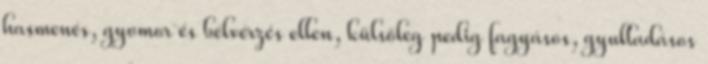
hasmenés, gyomor és bélvérzés ellen, külsőleg pedig fagyásos, gyulladásos